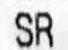
SR